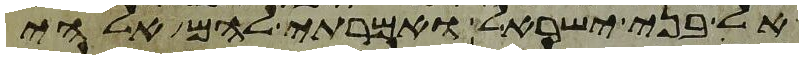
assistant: אל בני ישראל ואמרתי להם אלהי